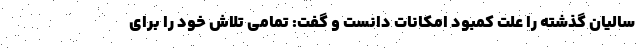
سالیان گذشته را علت کمبود امکانات دانست و گفت: تمامی تلاش خود را برای